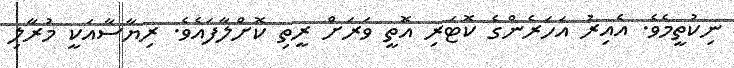
ނިކުތީމެވެ. އެއިރު އަހަރެންގެ ކޮޓަރި އޮތީ ވަރަށް ރީތި ކޮށްލާފައެވެ. ރިޔާސާއަކީ މުރާލި